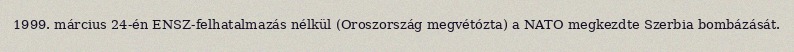
1999. március 24-én ENSZ-felhatalmazás nélkül (Oroszország megvétózta) a NATO megkezdte Szerbia bombázását.